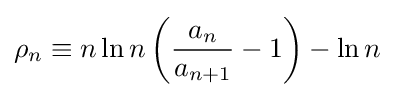
\rho _{n}\equiv n\ln n\left({\frac {a_{n}}{a_{n+1}}}-1\right)-\ln n